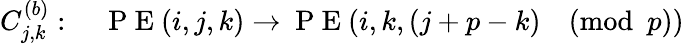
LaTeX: C_{j,k}^{(b)}:\quad\mathrm{~P~E~}(i,j,k)\rightarrow\mathrm{~P~E~}(i,k,(j+p-k)\pmod p)